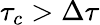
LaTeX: \tau_{c}>\Delta\tau